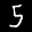
Label: 5